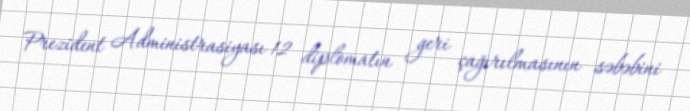
Prezident Administrasiyası 12 diplomatın geri çağırılmasının səbəbini